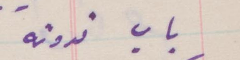
باب ندوته